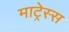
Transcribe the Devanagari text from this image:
माट्रेस्स